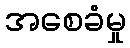
အစေခံမှု